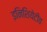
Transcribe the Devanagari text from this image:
इनिशियेटीव